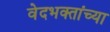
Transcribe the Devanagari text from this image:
वेदभक्तांच्या